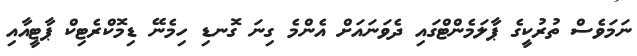
ނަމަވެސް ތުރުކީގެ ޕާލަމެންޓްގައި ދެވަނައަށް އެންމެ ގިނަ ގޮނޑި ހިމެނޭ ޑިމޮކްރެޓިކް ޕާޓީއާއި